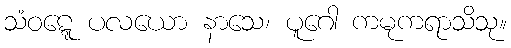
သံဝဋ္ဋေ ပလယော နာသေ၊ ပူဂေါ ကမုကရာသိသု။